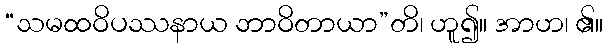
“သမထဝိပဿနာယ ဘာဝိတာယာ”တိ၊ ဟူ၍။ အာဟ၊ ၏။